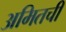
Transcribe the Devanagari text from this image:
अमितची